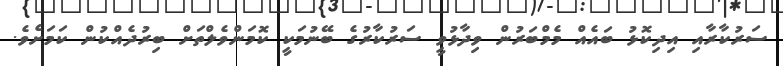
ސަރުކާރާއި އިދިކޮޅު ބައެއް މެމްބަރުން ވިދާޅުވީ ސަރުކާރުގެ ބޭނުމަކީ ކޮމަންވެލްތަށް ބިރުދެއްކުން ކަމަށެވެ.